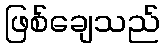
ဖြစ်ချေသည်